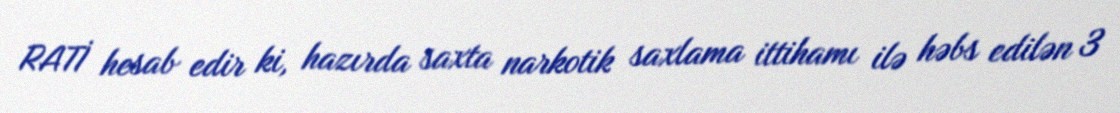
RATİ hesab edir ki, hazırda saxta narkotik saxlama ittihamı ilə həbs edilən 3